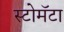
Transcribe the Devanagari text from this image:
स्टोमॅटा